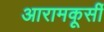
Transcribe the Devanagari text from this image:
आरामकूर्सी